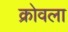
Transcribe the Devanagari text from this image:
क्रोवला